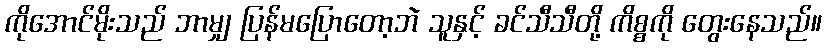
ကိုအောင်မိုးသည် ဘာမျှ ပြန်မပြောတော့ဘဲ သူနှင့် ခင်သီသီတို့ ကိစ္စကို တွေးနေသည်။